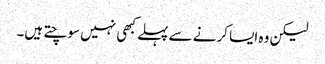
لیکن وہ ایسا کرنے سے پہلے کبھی نہیں سوچتے ہیں۔